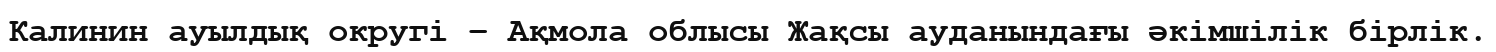
Калинин ауылдық округі – Ақмола облысы Жақсы ауданындағы әкімшілік бірлік.